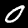
Label: 0